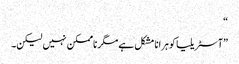
“
”آسٹریلیا کو ہرانا مشکل ہے مگر ناممکن نہیں لیکن۔